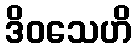
ဒိဝသေဟိ